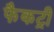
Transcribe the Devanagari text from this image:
फैकट्री